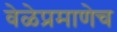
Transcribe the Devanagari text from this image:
वेळेप्रमाणेच